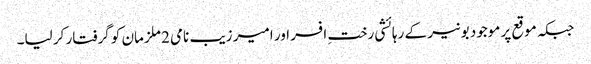
جبکہ موقع پر موجود بونیر کے رہائشی رختِ افسر اور امیر زیب نامی 2 ملزمان کو گرفتار کر لیا۔